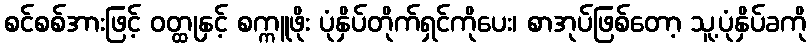
စင်စစ်အားဖြင့် ဝတ္ထုနှင့် စက္ကူဖိုး ပုံနှိပ်တိုက်ရှင်ကိုပေး၊ စာအုပ်ဖြစ်တော့ သူ့ပုံနှိပ်ခကို